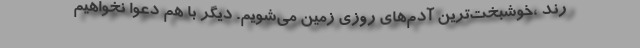
رند ،خوشبخت‌ترین آدم‌های روزی زمین می‌شویم. دیگر با هم دعوا نخواهیم